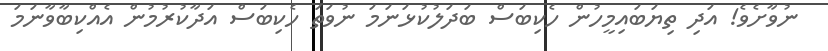
ނުވާށެވެ! އަދި ތިޔަބައިމީހުން ހެކިބަސް ބަދަލުކުޅަނަމަ ނުވަތަ ހެކިބަސް އަދާކުރުމުން އެއްކިބާވާނަމަ